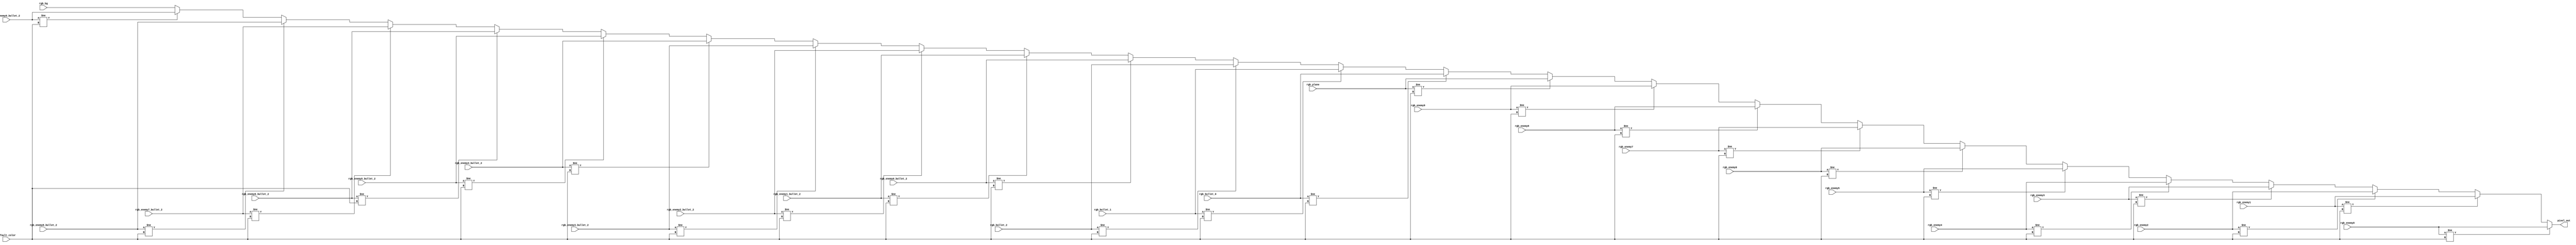
`timescale 1ns / 1ps
//////////////////////////////////////////////////////////////////////////////////
// Company: 
// Engineer: 
// 
// Design Name: 
// Module Name: layer_compare
// Project Name: 
// Target Devices: 
// Tool Versions: 
// Description: 
// 
// Dependencies: 
// 
// Revision:
// Revision 0.01 - File Created
// Additional Comments:
// 
//////////////////////////////////////////////////////////////////////////////////


module layer_compare(
	input [8:0] rgb_plane,
	input [8:0] rgb_bullet_0,
	input [8:0] rgb_bullet_1,
	input [8:0] rgb_bullet_2,
	input [8:0] rgb_bg,
	input [8:0] rgb_enemy0,
	input [8:0] rgb_enemy1,
	input [8:0] rgb_enemy2,
	input [8:0] rgb_enemy3,
	input [8:0] rgb_enemy4,
	input [8:0] rgb_enemy5,
	input [8:0] rgb_enemy6,
	input [8:0] rgb_enemy7,
	input [8:0] rgb_enemy8,
	input [8:0] rgb_enemy9,
	input [8:0] rgb_enemy0_bullet_2,
	input [8:0] rgb_enemy1_bullet_2,//
	input [8:0] rgb_enemy2_bullet_2,//
	input [8:0] rgb_enemy3_bullet_2,//
	input [8:0] rgb_enemy4_bullet_2,//
	input [8:0] rgb_enemy5_bullet_2,//
	input [8:0] rgb_enemy6_bullet_2,//
	input [8:0] rgb_enemy7_bullet_2,//
	input [8:0] rgb_enemy8_bullet_2,//
	input [8:0] rgb_enemy9_bullet_2,//
	input [8:0] default_color,
	output reg [8:0] pixel_out
	);

always @(*) begin
	if (rgb_enemy0!=default_color)
	   pixel_out = rgb_enemy0;

	else if (rgb_enemy1!=default_color)
	   pixel_out = rgb_enemy1;

	else if (rgb_enemy2!=default_color)
       pixel_out = rgb_enemy2;

	else if (rgb_enemy3!=default_color)
       pixel_out = rgb_enemy3;

	else if (rgb_enemy4!=default_color)
       pixel_out = rgb_enemy4;

	else if (rgb_enemy5!=default_color)
       pixel_out = rgb_enemy5;

	else if (rgb_enemy6!=default_color)
       pixel_out = rgb_enemy6;

	else if (rgb_enemy7!=default_color)
       pixel_out = rgb_enemy7;

	else if (rgb_enemy8!=default_color)
       pixel_out = rgb_enemy8;

	else if (rgb_enemy9!=default_color)
       pixel_out = rgb_enemy9;

    else if (rgb_plane!=default_color)
       pixel_out = rgb_plane;

	else if (rgb_bullet_0!=default_color)
	   pixel_out = rgb_bullet_0;

	else if (rgb_bullet_1!=default_color)
	   pixel_out = rgb_bullet_1;

	else if (rgb_bullet_2!=default_color)
	   pixel_out = rgb_bullet_2;

	else if (rgb_enemy0_bullet_2!=default_color)
	   pixel_out = rgb_enemy0_bullet_2;

	else if (rgb_enemy1_bullet_2!=default_color)//
	   pixel_out = rgb_enemy1_bullet_2;

	else if (rgb_enemy2_bullet_2!=default_color)//
	   pixel_out = rgb_enemy2_bullet_2;

	else if (rgb_enemy3_bullet_2!=default_color)//
	   pixel_out = rgb_enemy3_bullet_2;

	else if (rgb_enemy4_bullet_2!=default_color)//
	   pixel_out = rgb_enemy4_bullet_2;

	else if (rgb_enemy5_bullet_2!=default_color)//
	   pixel_out = rgb_enemy5_bullet_2;

	else if (rgb_enemy6_bullet_2!=default_color)//
	   pixel_out = rgb_enemy6_bullet_2;

	else if (rgb_enemy7_bullet_2!=default_color)//
	   pixel_out = rgb_enemy7_bullet_2;

	else if (rgb_enemy8_bullet_2!=default_color)//
	   pixel_out = rgb_enemy8_bullet_2;
	   
	else if (rgb_enemy9_bullet_2!=default_color)//
	   pixel_out = rgb_enemy9_bullet_2;

	else
	   pixel_out = rgb_bg;
end
endmodule